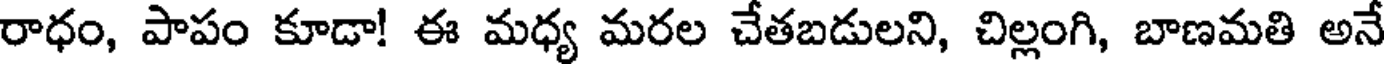
రాధం, పాపం కూడా! ఈ మధ్య మరల చేతబడులని, చిల్లంగి, బాణమతి అనే